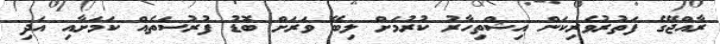
ރާއްޖޭގެ ފަތުރުވެރިކަން އިޝްތިހާރު ކުރުމަށް ލިބޭ ވަރަށް ބޮޑު ފުރުސަތެއް ކަމަށާއި އަދި